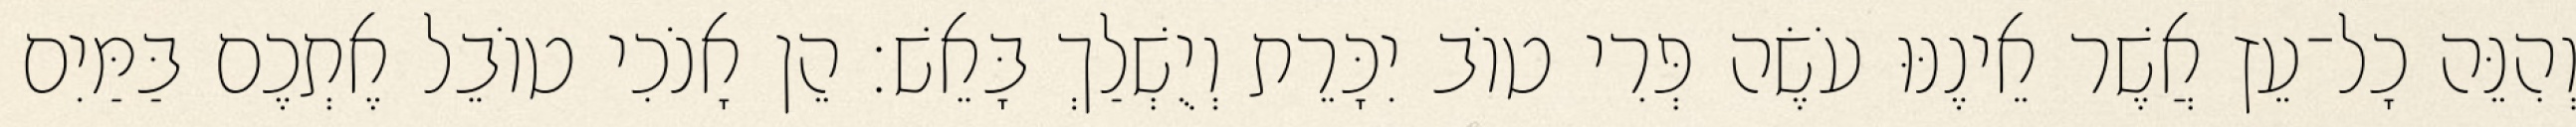
וְהִנֵּה כָל־עֵץ אֲשֶׁר אֵינֶנּוּ עֹשֶׂה פְּרִי טוֹב יִכָּרֵת וְיֻשְׁלַךְ בָּאֵשׁ׃ הֵן אָנֹכִי טוֹבֵל אֶתְכֶם בַּמַּיִם